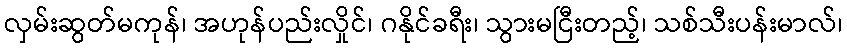
လှမ်းဆွတ်မကုန်၊ အဟုန်ပည်းလှိုင်၊ ဂနိုင်ခရီး၊ သွားမငြီးတည့်၊ သစ်သီးပန်းမာလ်၊